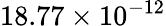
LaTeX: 18.77\times 10^{-12}